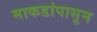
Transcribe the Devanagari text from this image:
माकडांपासुन